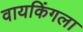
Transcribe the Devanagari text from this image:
वायकिंगला